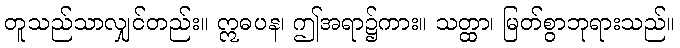
တူသည်သာလျှင်တည်း။ ဣဓပန၊ ဤအရာ၌ကား။ သတ္ထာ၊ မြတ်စွာဘုရားသည်။